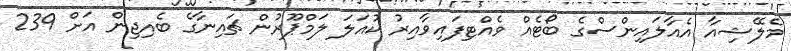
މެލޭޝިއާ އެއާލައިންސްގެ ބޯޓެއް ވެއްޓިފައިވާއިރު ކުއަލަ ލަމްޕޫރުން ޗައިނާގެ ބެއިޖިން އަށް 239